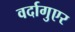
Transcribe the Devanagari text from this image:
वर्दागुएर